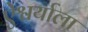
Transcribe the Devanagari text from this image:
ऐश्वर्याला